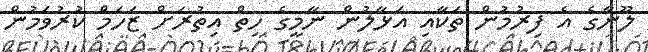
ލޫނާގެ އެ ފިރުމުން ތަކާއި އަޅާލުން ނާމީގެ ހިތް އިތުރަށް ޒަހަމް ކުރުވަމުން